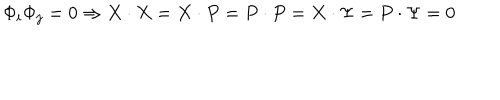
\Phi _ { i } \Phi _ { j } = 0 \Rightarrow X \cdot X = X \cdot P = P \cdot P = X \cdot \Psi = P \cdot \Psi = 0